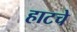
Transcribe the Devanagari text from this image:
हाटचे